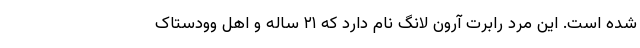
شده است. این مرد رابرت آرون لانگ نام دارد که ۲۱ ساله و اهل وودستاک